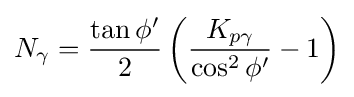
N_{\gamma }={\frac {\tan \phi '}{2}}\left({\frac {K_{p\gamma }}{\cos ^{2}\phi '}}-1\right)